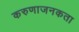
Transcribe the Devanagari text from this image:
करुणाजनकता